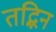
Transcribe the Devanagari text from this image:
तद्भिन